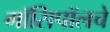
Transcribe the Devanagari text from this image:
गॉसिपॉलचे